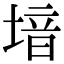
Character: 堷